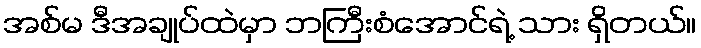
အစ်မ ဒီအချုပ်ထဲမှာ ဘကြီးစံအောင်ရဲ့ သား ရှိတယ်။